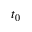
t _ { 0 }